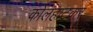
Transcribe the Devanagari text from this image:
कोलहाटकर